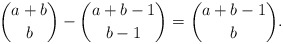
\begin{align*}\binom{a+b}{b}-\binom{a+b-1}{b-1}=\binom{a+b-1}{b}.\end{align*}